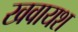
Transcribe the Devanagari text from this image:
खवायश